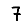
Digit: 7